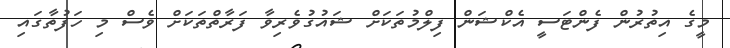
މީގެ އިތުރުން ފެންޓަސީ އެކްޝަން ފިލްމުތަކަށް ޝައުގުވެރިވާ ފަރާތްތަކަށް ވެސް މި ހަފުތާގައި